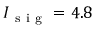
I _ { \mathrm { ~ s ~ i ~ g ~ } } = 4 . 8